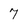
Character: 7